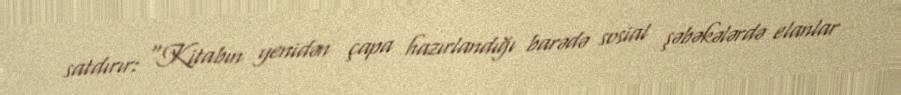
satdırır: “Kitabın yenidən çapa hazırlandığı barədə sosial şəbəkələrdə elanlar